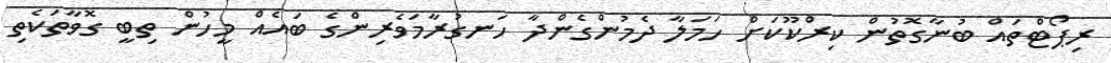
ރިޕޯޓްތައް ބުނާގޮތުން ކިރްކޫކަށް ހަމަލާ ދެމުންގެންދާ ހަނގުރާމަވެރިންގެ ބައެއް މީހުން ތިބީ ގޮވާތަކެތި